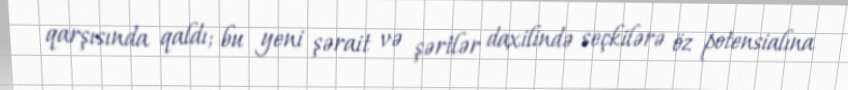
qarşısında qaldı; bu yeni şərait və şərtlər daxilində seçkilərə öz potensialına